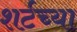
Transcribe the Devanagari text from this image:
शर्टच्या